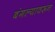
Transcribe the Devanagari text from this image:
बंगल्यावरून